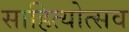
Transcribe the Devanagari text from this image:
साहित्योत्सव